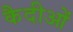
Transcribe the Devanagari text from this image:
कैदीओं